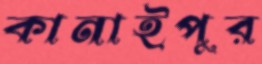
কানাইপুর